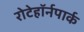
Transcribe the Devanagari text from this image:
रोटेहॉर्नपार्क